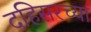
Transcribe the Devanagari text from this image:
दहिसरच्या